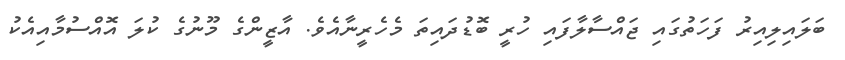
ބަލައިލިއިރު ފަހަތުގައި ޖައްސާލާފައި ހުރީ ބޮޑުދައިތަ މެހެރީނާއެވެ. އާޒީންގެ މޫނުގެ ކުލަ އޮއްސުމާއިއެކު